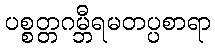
ပစ္စတ္တဂမ္ဘီရမတပ္ပစာရာ